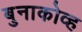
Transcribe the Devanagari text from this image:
बुनाकोव्ह